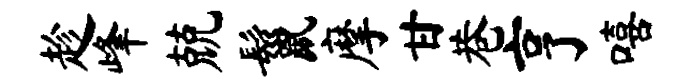
趁峰兢鬣摩甘巷亨嘻